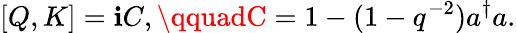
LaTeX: [Q,K]=\mathbf{i}C,\qquadC=1-(1-q^{-2})a^{\dagger}a.